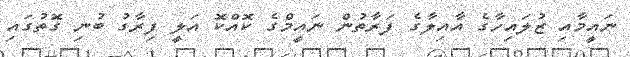
ނައީމާއި ޒުލައިހާގެ އާއިލާގެ ފަރާތުން ނައީމްގެ ކޮއްކޮ އަލީ ފިރާގު ބުނި ގޮތުގައި